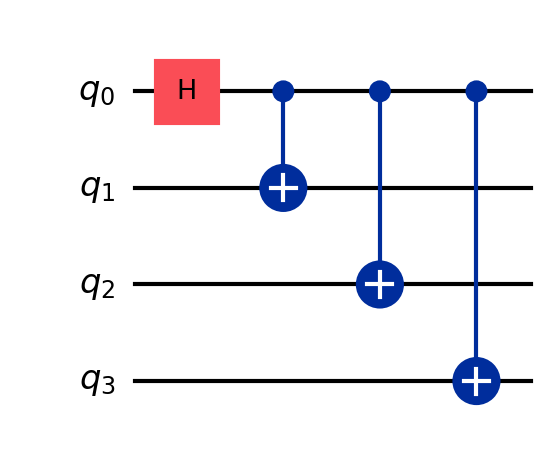
Description: 4-qubit GHZ state
描述: 4量子比特GHZ态
Category: qubit_scaling (difficulty: intermediate)
Qubits: 4, circuit depth: 4

Braket implementation:
from braket.circuits import Circuit
circuit = Circuit()
circuit.h(0)
for i in range(1, 4):
    circuit.cnot(0, i)